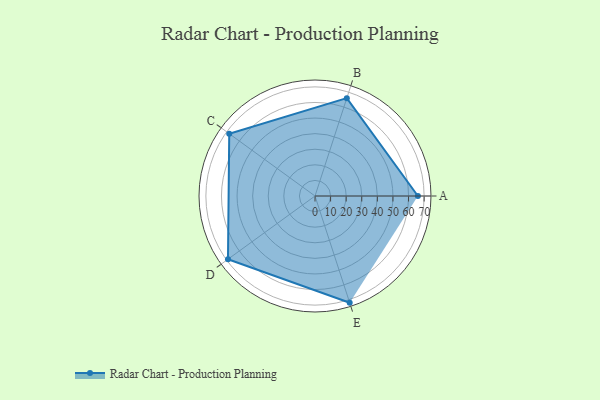
{"axis": {"x": "Skill", "y": "Score"}, "legend": ["Profile"], "data": [{"x": "A", "y": 66.0, "type": "Profile"}, {"x": "B", "y": 66.0, "type": "Profile"}, {"x": "C", "y": 68.0, "type": "Profile"}, {"x": "D", "y": 69.0, "type": "Profile"}, {"x": "E", "y": 72.0, "type": "Profile"}]}